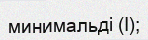
минимальді (I);